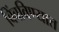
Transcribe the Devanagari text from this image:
बिंबविण्यात